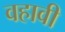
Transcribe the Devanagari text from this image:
वहावी